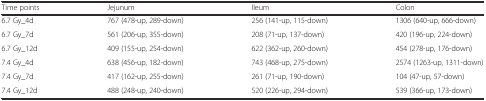
| Time points | Jejunum | Ileum | Colon |
 | --- | --- | --- | --- |
 | 6.7 Gy_4d | 767 (478-up, 289-down) | 256 (141-up, 115-down) | 1306 (640-up, 666-down) |
 | 6.7 Gy_7d | 561 (206-up, 355-down) | 208 (71-up, 137-down) | 420 (196-up, 224-down) |
 | 6.7 Gy_12d | 409 (155-up, 254-down) | 622 (362-up, 260-down) | 454 (278-up, 176-down) |
 | 7.4 Gy_4d | 638 (456-up, 182-down) | 743 (468-up, 275-down) | 2574 (1263-up, 1311-down) |
 | 7.4 Gy_7d | 417 (162-up, 255-down) | 261 (71-up, 190-down) | 104 (47-up, 57-down) |
 | 7.4 Gy_12d | 488 (248-up, 240-down) | 520 (226-up, 294-down) | 539 (366-up, 173-down) |